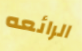
الرائعه